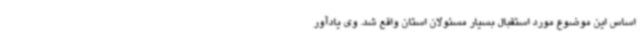
اساس این موضوع مورد استقبال بسیار مسئولان استان واقع شد. وی یادآور